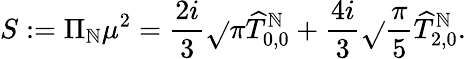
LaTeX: S:=\Pi_{\mathbb{N}}\mu^{2}=\frac{{2i}}{{3}}\sqrt{}{{\pi}}\widehat{{T}}_{0,0}^{\mathbb{N}}+\frac{{4i}}{{3}}\sqrt{}{{\frac{{\pi}}{{5}}}}\widehat{{T}}_{2,0}^{\mathbb{N}}.